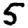
Digit: 5